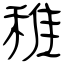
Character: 稚